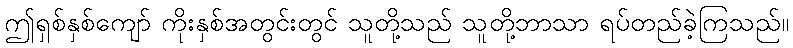
ဤရှစ်နှစ်ကျော် ကိုးနှစ်အတွင်းတွင် သူတို့သည် သူတို့ဘာသာ ရပ်တည်ခဲ့ကြသည်။